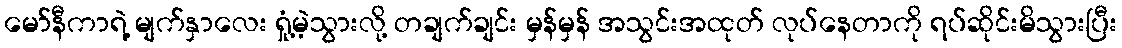
မော်နီကာရဲ့ မျက်နှာလေး ရှုံ့မဲ့သွားလို့ တချက်ချင်း မှန်မှန် အသွင်းအထုတ် လုပ်နေတာကို ရပ်ဆိုင်းမိသွားပြီး